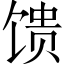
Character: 馈